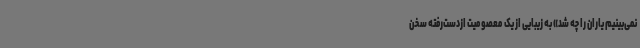
نمی‌بینیم یاران را چه شد» به زیبایی از یک معصومیت ازدست‌رفته سخن